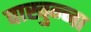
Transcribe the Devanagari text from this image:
वाखुन्ना